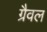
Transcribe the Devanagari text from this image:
ग्रैवल